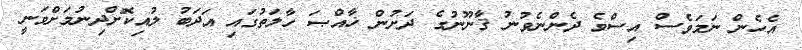
އެހެން ނަމަވެސް އިސްވެ ދެންނެވުނު ޤާނޫނުގެ ދަށުން ޚާއްޞަ ހާލަތުގައި އަދަބު ލުއިކޮށްދިނުމަށްވަނީ